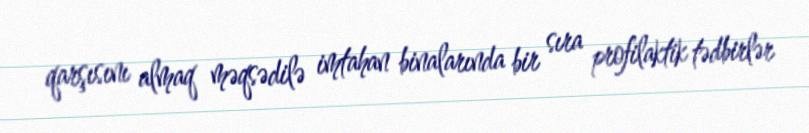
qarşısını almaq məqsədilə imtahan binalarında bir sıra profilaktik tədbirlər